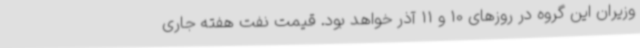
وزیران این گروه در روزهای 10 و 11 آذر خواهد بود. قیمت نفت هفته جاری